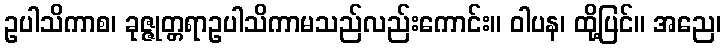
ဥပါသိကာစ၊ ခုဇ္ဇုတ္တရာဥပါသိကာမသည်လည်းကောင်း။ ဝါပန၊ ထို့ပြင်။ အညေ၊